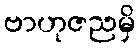
ဗာဟုဇညမှိ